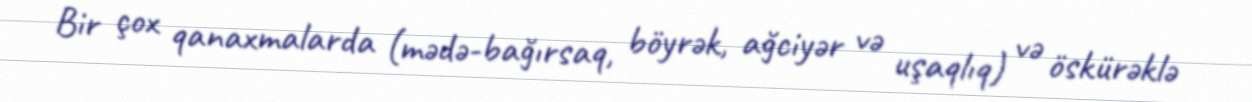
Bir çox qanaxmalarda (mədə-bağırsaq, böyrək, ağciyər və uşaqlıq) və öskürəklə